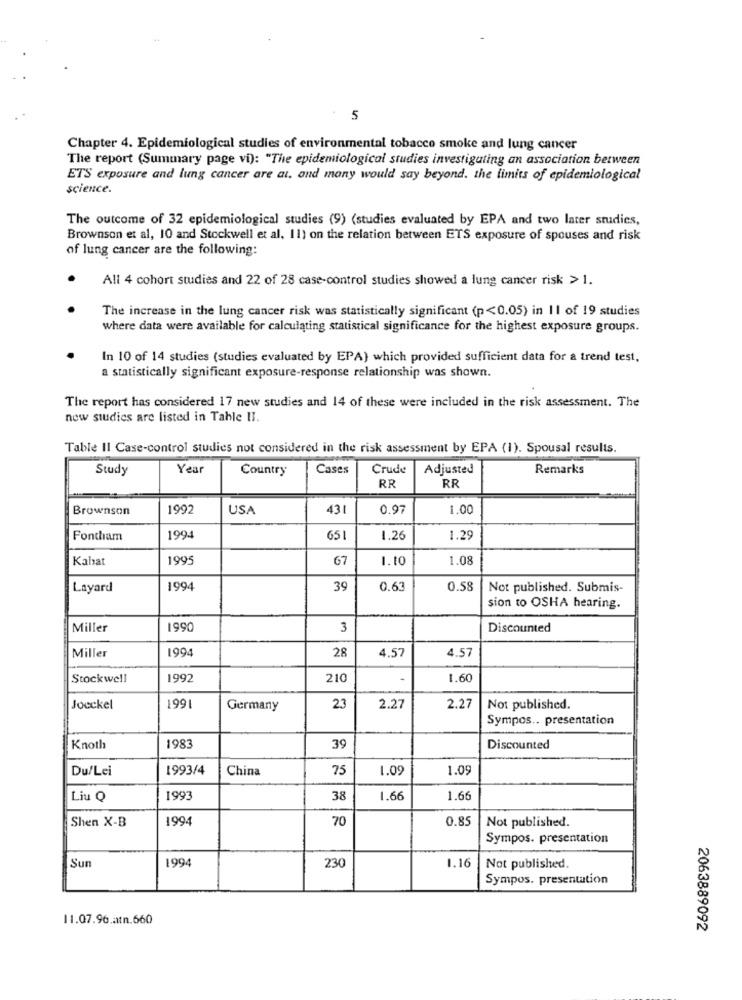
5
Chapter 4. Epidemiological studies of environmental tobacco smoke and lung cancer
The report (Summary page vi): "The epidemiological studies investigating an association between
ETS exposure and lung cancer are at, and many would say beyond. the limits of epidemiological
science.
The outcome of 32 epidemiological studies (9) (studies evaluated by EPA and two later studies,
Brownson et al, 10 and Stockwell et al, 11) on the relation between ETS exposure of spouses and risk
of lung cancer are the following:
All 4 cohort studies and 22 of 28 case-control studies showed a lung cancer risk > 1.
The increase in the lung cancer risk was statistically significant (p<0.05) in II of 19 studies
where data were available for calculating statistical significance for the highest exposure groups.
In 10 of 14 studies (studies evaluated by EPA) which provided sufficient data for a trend test,
a statistically significant exposure-response relationship was shown.
The report has considered 17 new studies and 14 of these were included in the risk assessment. The
now studies are listed in Tahle II.
Table II Case-control studies not considered in the risk assessment by EPA (1). Spousal results.
Study
Year
Country
Cases
Crude
Adjusted
Remarks
RR
RR
Brownson
1992
USA
431
0.97
1.00
Fontham
1994
65
1.26
1.29
Kahat
1995
67
1.10
1.08
Layard
1994
39
0.63
0.58
Not published. Submis-
sion to OSHA hearing.
Miller
1990
3
Discounted
Miller
1994
28
4.57
4.57
Stockwell
1992
210
1.60
Joeckel
1991
Germany
23
2.27
2.27
Not published.
Sympos .. presentation
Knoth
1983
39
Discounted
Du/Lei
1993/4
China
75
1.09
1.0
Liu Q
1993
38
1.66
1.6
Shen X-B
1994
70
0.8
Not published.
Sympos. presentation
1994
1.16
Sur
230
Not published.
Sympos. presentation
11.07.96.atn.660
2063889092